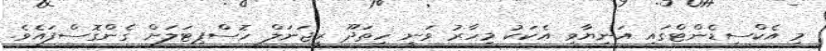
މި އެކްސިޑެންޓްގައި އަނިޔާވި އެކަކު މިހާރު ވަނީ ހިތަދޫ ރީޖަނަލް ހޮސްޕިޓަލަށް ގެންގޮސްފައެވެ.